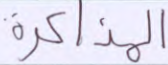
المذكرة